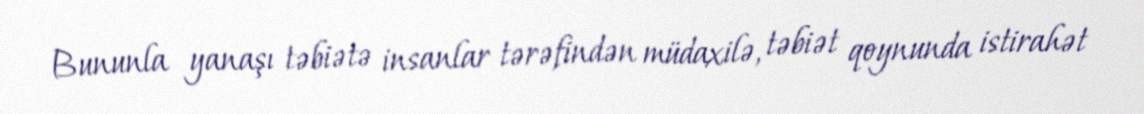
Bununla yanaşı təbiətə insanlar tərəfindən müdaxilə, təbiət qoynunda istirahət